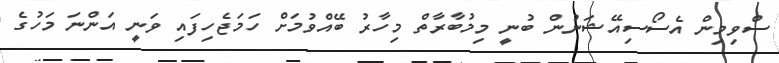
ސްވިމިން އެސޯސިއޭޝަނުން ބުނީ މިމުބާރާތް މިހާރު ބޭއްވުމަށް ހަމަޖެހިފައި ވަނީ އަންނަ މަހުގެ